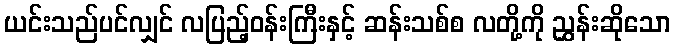
ယင်းသည်ပင်လျှင် လပြည့်ဝန်းကြီးနှင့် ဆန်းသစ်စ လတို့ကို ညွှန်းဆိုသော